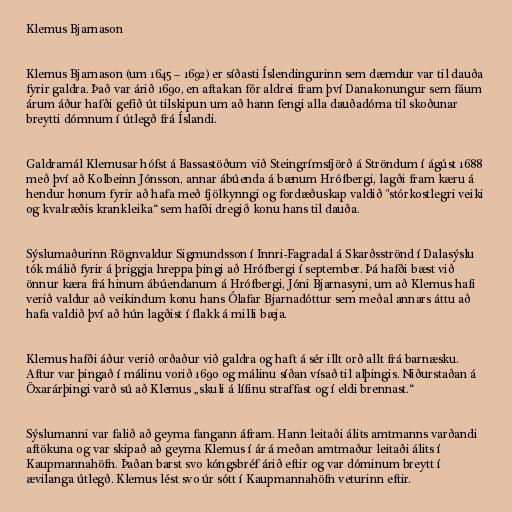
Klemus Bjarnason

Klemus Bjarnason (um 1645 – 1692) er síðasti Íslendingurinn sem dæmdur var til dauða
fyrir galdra. Það var árið 1690, en aftakan fór aldrei fram því Danakonungur sem fáum
árum áður hafði gefið út tilskipun um að hann fengi alla dauðadóma til skoðunar
breytti dómnum í útlegð frá Íslandi.

Galdramál Klemusar hófst á Bassastöðum við Steingrímsfjörð á Ströndum í ágúst 1688
með því að Kolbeinn Jónsson, annar ábúenda á bænum Hrófbergi, lagði fram kæru á
hendur honum fyrir að hafa með fjölkynngi og fordæðuskap valdið "stórkostlegri veiki
og kvalræðis krankleika“ sem hafði dregið konu hans til dauða.

Sýslumaðurinn Rögnvaldur Sigmundsson í Innri-Fagradal á Skarðsströnd í Dalasýslu
tók málið fyrir á þriggja hreppa þingi að Hrófbergi í september. Þá hafði bæst við
önnur kæra frá hinum ábúendanum á Hrófbergi, Jóni Bjarnasyni, um að Klemus hafi
verið valdur að veikindum konu hans Ólafar Bjarnadóttur sem meðal annars áttu að
hafa valdið því að hún lagðist í flakk á milli bæja.

Klemus hafði áður verið orðaður við galdra og haft á sér illt orð allt frá barnæsku.
Aftur var þingað í málinu vorið 1690 og málinu síðan vísað til alþingis. Niðurstaðan á
Öxarárþingi varð sú að Klemus „skuli á lífinu straffast og í eldi brennast.“

Sýslumanni var falið að geyma fangann áfram. Hann leitaði álits amtmanns varðandi
aftökuna og var skipað að geyma Klemus í ár á meðan amtmaður leitaði álits í
Kaupmannahöfn. Þaðan barst svo kóngsbréf árið eftir og var dóminum breytt í
ævilanga útlegð. Klemus lést svo úr sótt í Kaupmannahöfn veturinn eftir.